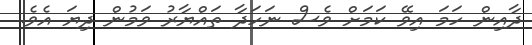
ދާއިން ހަމަ އިވޭ ކަމަށް ވެސް ނަހަދާ ތައްޔާރު ވަމުން ދިޔަ އެވެ.